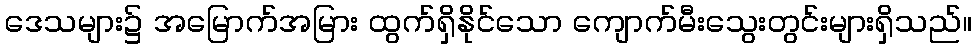
ဒေသများ၌ အမြောက်အမြား ထွက်ရှိနိုင်သော ကျောက်မီးသွေးတွင်းများရှိသည်။